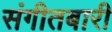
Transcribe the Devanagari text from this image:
संगीतबारी